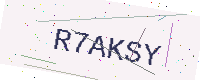
Text: R7AKSY